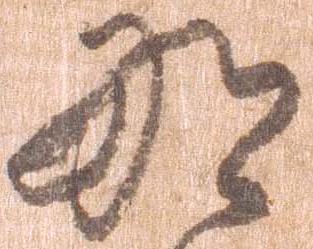
那